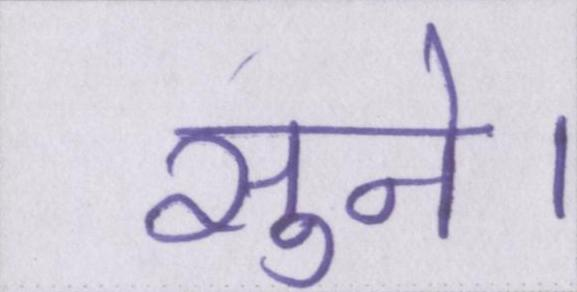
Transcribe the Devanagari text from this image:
सुने।